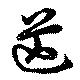
芒